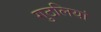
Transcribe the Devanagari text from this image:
गुठलियां